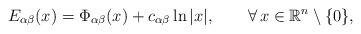
LaTeX: \begin{align*}E_{\alpha\beta}(x)=\Phi_{\alpha\beta}(x)+c_{\alpha\beta}\ln|x|,\qquad\forall\,x\in\mathbb{R}^n\setminus\{0\},\end{align*}